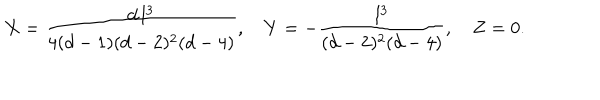
X = { \frac { d \, l ^ { 3 } } { 4 ( d - 1 ) ( d - 2 ) ^ { 2 } ( d - 4 ) } } , \quad Y = - { \frac { l ^ { 3 } } { ( d - 2 ) ^ { 2 } ( d - 4 ) } } , \quad Z = 0 .